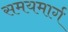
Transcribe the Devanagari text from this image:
समयमार्ग